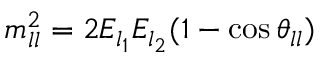
m _ { l l } ^ { 2 } = 2 E _ { l _ { 1 } } E _ { l _ { 2 } } ( 1 - \cos \theta _ { l l } )